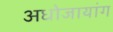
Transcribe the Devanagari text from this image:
अधोजायांग